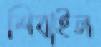
শিবাইল